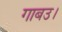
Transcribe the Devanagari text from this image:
गाबउ।